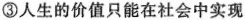
③人生的价值只能在社会中实现